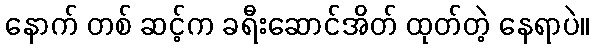
နောက် တစ် ဆင့်က ခရီးဆောင်အိတ် ထုတ်တဲ့ နေရာပဲ။